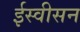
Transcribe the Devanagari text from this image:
ईस्वीसन